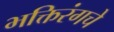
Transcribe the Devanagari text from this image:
भक्तिरंगचे